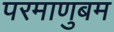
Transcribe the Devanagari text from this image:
परमाणुबम